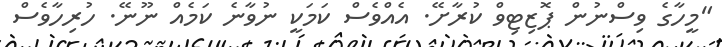
"މީހާގެ ވިސްނުން ޕޮޒިޓިވް ކުރާށޭ. އެއްވެސް ކަމަކީ ނުވާނެ ކަމެއް ނޫނޭ. ހުރިހާވެސް